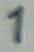
Text: 1